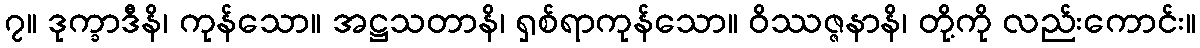
၇။ ဒုက္ခာဒီနိ၊ ကုန်သော။ အဋ္ဌသတာနိ၊ ရှစ်ရာကုန်သော။ ဝိဿဇ္ဇနာနိ၊ တို့ကို လည်းကောင်း။